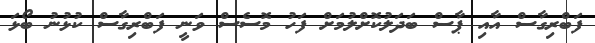
ފަބްރިގާސް އާއި ޕާސް ބަދަލުކޮށްލުމަށް ފަހު މޮސެސް ވަނީ ފަބްރިގާސް ކުޅުނު ބޯޅަ